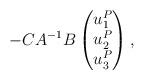
LaTeX: \begin{align*}-C A^{-1} B \begin{pmatrix}u^P_1\\u^P_2\\u^P_3\end{pmatrix},\end{align*}